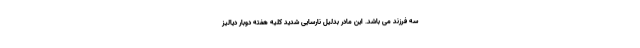
سه فرزند می باشد. این مادر بدلیل نارسایی شدید کلیه هفته دوبار دیالیز